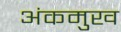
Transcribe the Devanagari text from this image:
अंकमुख